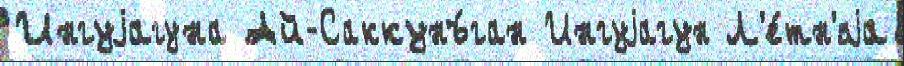
Ингуjагуна Ай-Саккунъ́ган Ингуjагун Л'е́тн'яjа